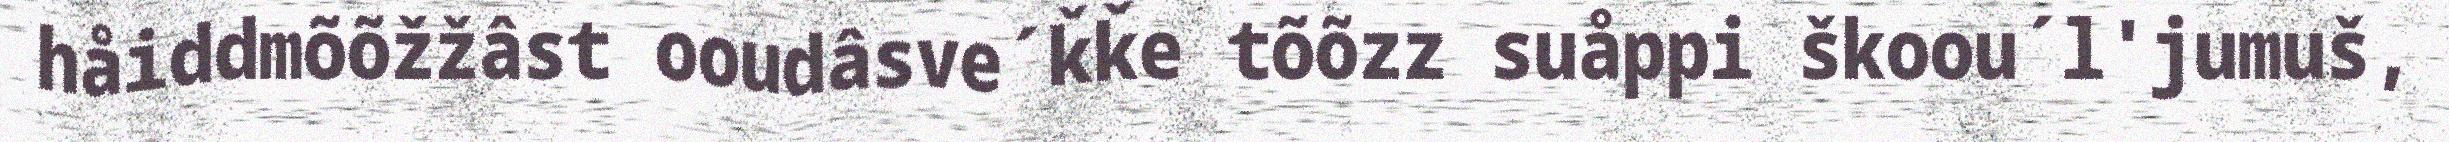
håiddmõõžžâst ooudâsve´ǩǩe tõõzz suåppi škoou´l'jumuš,